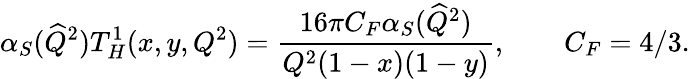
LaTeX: \alpha_{S}(\widehat{Q}^{2})T_{H}^{1}(x,y,Q^{2})=\frac{16\pi C_{F}\alpha_{S}(\widehat{Q}^{2})}{Q^{2}(1-x)(1-y)},\qquad C_{F}=4/3.